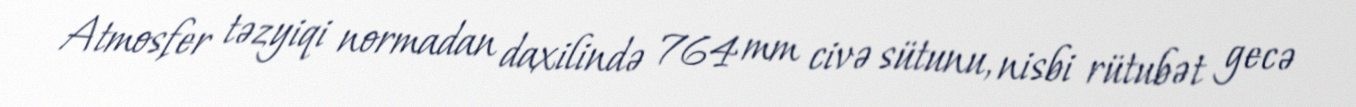
Atmosfer təzyiqi normadan daxilində 764 mm civə sütunu, nisbi rütubət gecə